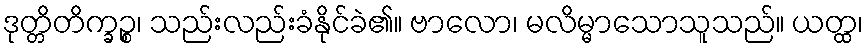
ဒုတ္တိတိက္ခဉ္စ၊ သည်းလည်းခံနိုင်ခဲ၏။ ဗာလော၊ မလိမ္မာသောသူသည်။ ယတ္ထ၊